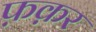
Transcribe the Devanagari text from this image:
फ़क़र